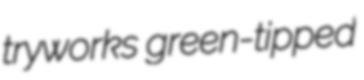
tryworks green-tipped